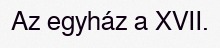
Az egyház a XVII.